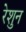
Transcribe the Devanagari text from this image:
रेशुन